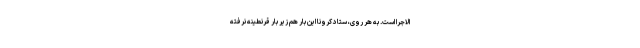
الاجرا است. به هر روی، ستاد کرونا این بار هم زیر بار قرنطینه نرفته